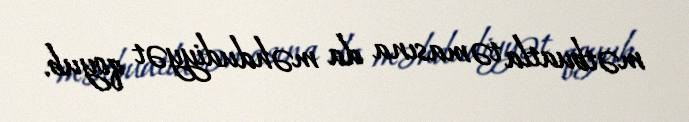
mətbuatla təmasına da məhdudiyyət qoyub.